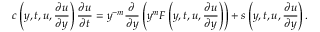
\small c \left( y , t , u , \frac { \partial u } { \partial y } \right) \frac { \partial u } { \partial t } = y ^ { - m } \frac { \partial } { \partial y } \left( y ^ { m } F \left( y , t , u , \frac { \partial u } { \partial y } \right) \right) + s \left( y , t , u , \frac { \partial u } { \partial y } \right) .